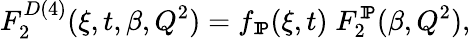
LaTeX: F_{2}^{D(4)}(\xi,t,\beta,Q^{2})=f_{\tt I\! P}(\xi,t)\; F_{2}^{\tt I\! P}(\beta,Q^{2}),